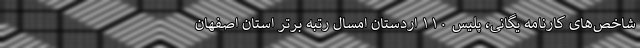
شاخص‌های کارنامه یگانی، پلیس ۱۱۰ اردستان امسال رتبه برتر استان اصفهان